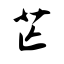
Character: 芒